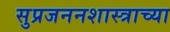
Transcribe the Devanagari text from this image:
सुप्रजननशास्त्राच्या